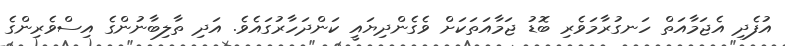
އުފެދި އެޖަމާއަތް ހަނގުރާމަވެރި ބޮޑު ޖަމާއަތަކަށް ވެގެންދިޔައީ ކަންދަހާރުގައެވެ. އަދި ތާލިބާނުންގެ އިސްވެރިންގެ